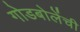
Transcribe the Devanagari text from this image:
गोडबोलेंची